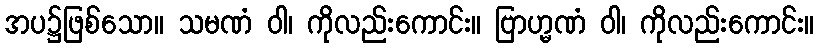
အပ၌ဖြစ်သော။ သမဏံ ဝါ၊ ကိုလည်းကောင်း။ ဗြာဟ္မဏံ ဝါ၊ ကိုလည်းကောင်း။